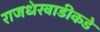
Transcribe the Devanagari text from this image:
राजधेरवाडीकडे